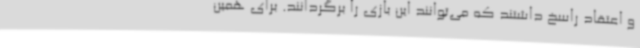
و اعتقاد راسخ داشتند که می‌توانند این بازی را برگردانند. برای همین